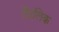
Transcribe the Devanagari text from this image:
टैंटलिक